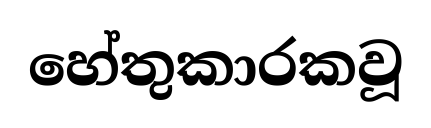
හේතුකාරකවූ